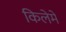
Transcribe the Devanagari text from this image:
किलेमें